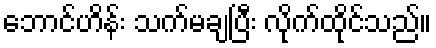
ဘောင်ဟိန်း သက်မချပြီး လိုက်ထိုင်သည်။